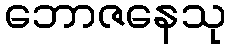
ဘောဇနေသု